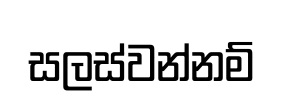
සලස්වන්නම්